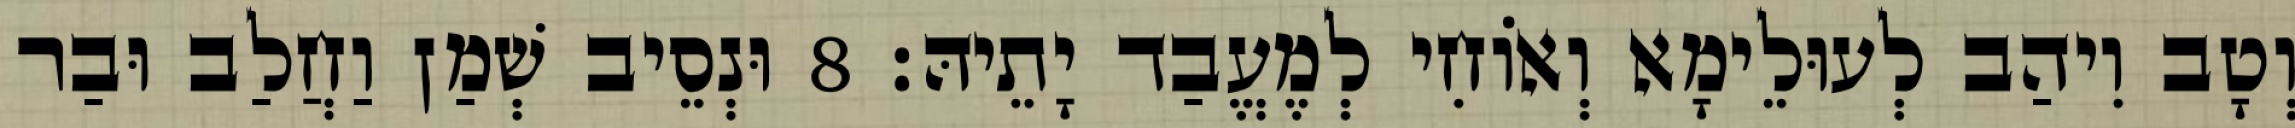
וְטָב וִיהַב לְעוּלֵימָא וְאוֹחִי לְמֶעֱבַד יָתֵיהּ׃ 8 וּנְסֵיב שְׁמַן וַחֲלַב וּבַר